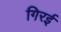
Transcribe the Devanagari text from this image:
गिरई